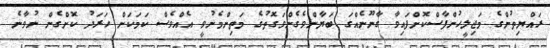
ރައްޔިތުންގެ މަޖިލީހުންފާސްކޮށްފައިވާ ގާނޫނެއްގަ ބަޔާންވެގެންވަގޮތުގެ މަތިންމެނުވީ އެއްވެސް ކަމަކަށް ހަރަދު ކޮށްގެން ނުވާނެ